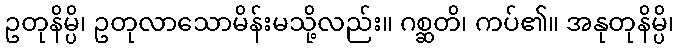
ဥတုနိမ္ပိ၊ ဥတုလာသောမိန်းမသို့လည်း။ ဂစ္ဆတိ၊ ကပ်၏။ အနုတုနိမ္ပိ၊